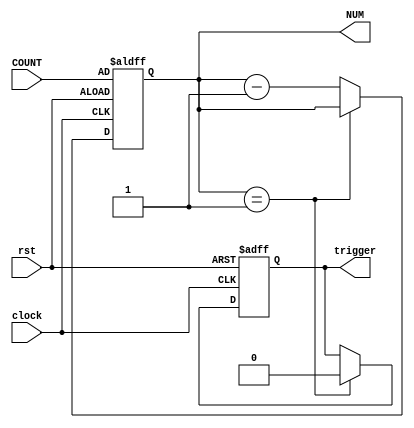

module BoDem
(
clock,
rst,
COUNT,
NUM,
trigger
);

input clock,rst;
input wire [7:0] COUNT;
output reg [7:0] NUM;
output reg trigger;


always @ (negedge clock or negedge rst)
begin
	if(rst == 0)
		begin
			NUM = COUNT;
			trigger = 1;
		end
	else
		
		begin
			if (NUM == 1)
				trigger = 0;
			else
				NUM = NUM - 1;
		end
end
endmodule